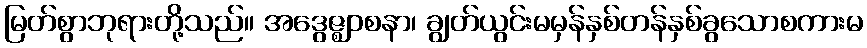
မြတ်စွာဘုရားတို့သည်။ အဒွေဇ္ဈဝစနာ၊ ချွတ်ယွင်းမမှန်နှစ်တန်နှစ်ခွသောစကားမ